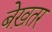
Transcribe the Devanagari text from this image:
बेख़तर